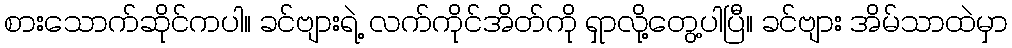
စားသောက်ဆိုင်ကပါ။ ခင်ဗျားရဲ့ လက်ကိုင်အိတ်ကို ရှာလို့တွေ့ပါပြီ။ ခင်ဗျား အိမ်သာထဲမှာ